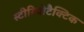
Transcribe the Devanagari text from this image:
स्टीरियोटैक्टिक